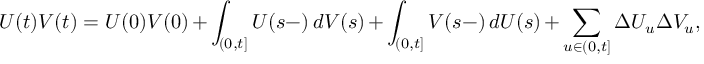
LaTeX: U ( t ) V ( t ) = U ( 0 ) V ( 0 ) + \int _ { ( 0 , t ] } U ( s - ) \, d V ( s ) + \int _ { ( 0 , t ] } V ( s - ) \, d U ( s ) + \sum _ { u \in ( 0 , t ] } \Delta U _ { u } \Delta V _ { u } ,